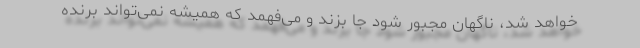
خواهد شد، ناگهان مجبور شود جا بزند و می‌‌فهمد که همیشه نمی‌تواند برنده